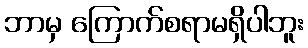
ဘာမှ ကြောက်စရာမရှိပါဘူး